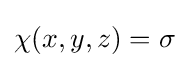
\chi (x,y,z)=\sigma